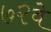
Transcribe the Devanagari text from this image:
७२वे